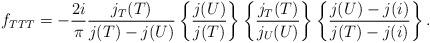
LaTeX: \begin{align*}f_{TTT}= -{2i\over\pi}\frac{j_T(T)}{j(T)-j(U)}\left\{\frac{j(U)}{j(T)}\right\}\left\{\frac{j_T(T)}{j_U(U)}\right\}\left\{\frac{j(U)-j(i)}{j(T)-j(i)}\right\}.\end{align*}